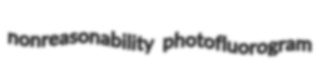
nonreasonability photofluorogram